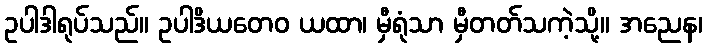
ဥပါဒါရုပ်သည်။ ဥပါဒိယတေဝ ယထာ၊ မှီရုံသာ မှီတတ်သကဲ့သို့။ အညေန၊